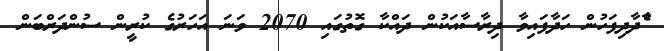
ާެދާދިފަހުން ހަދާފައިވާ ދިރާސާއަކުުން ދައްކާ ގޮތުގައި 2070 ވަނަ އަހަރުގެ ކުރީން ސުންދަރްބަން